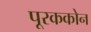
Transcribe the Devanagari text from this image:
पूरककोन